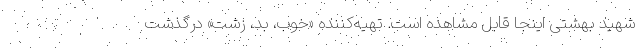
شهید بهشتی اینجا قابل مشاهده است. تهیه‌کننده «خوب، بد، زشت» درگذشت